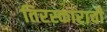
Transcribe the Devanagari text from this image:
तिरस्काराची